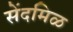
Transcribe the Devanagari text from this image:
सेंदमिळ